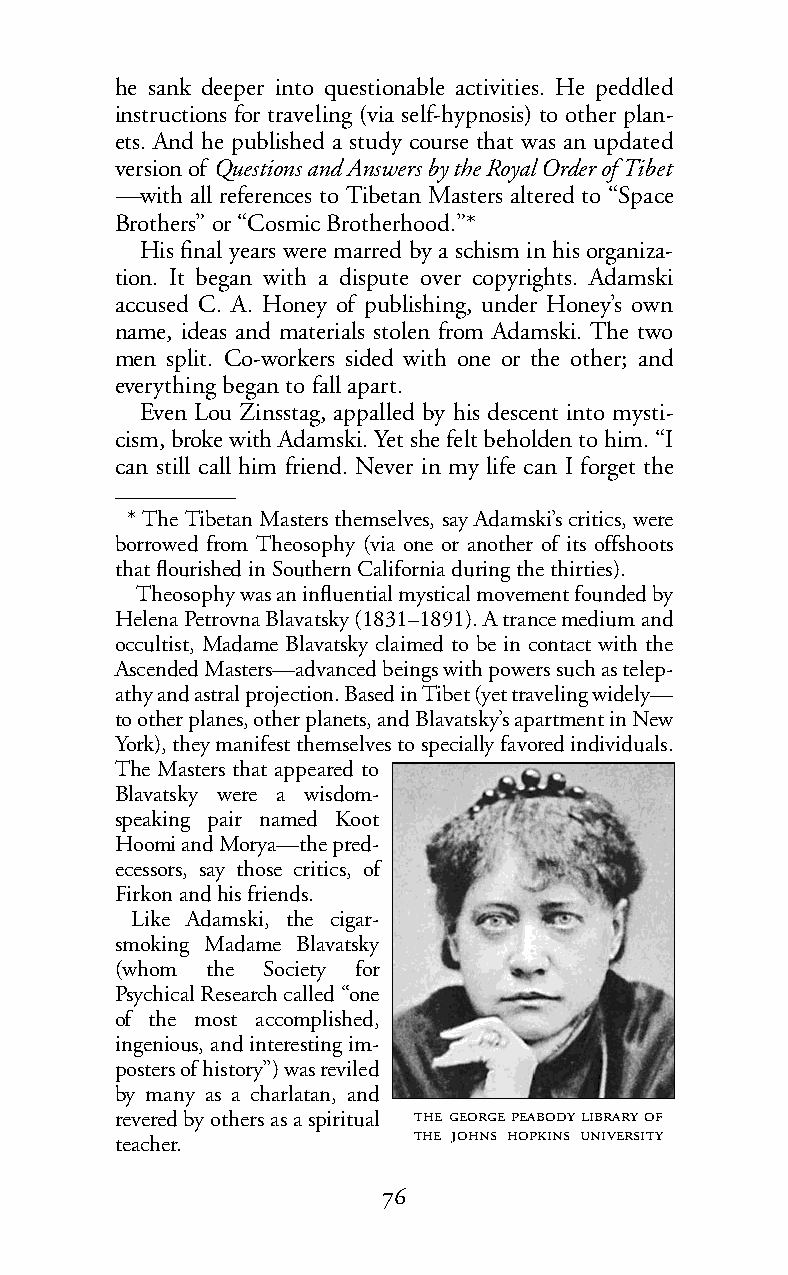
he sank deeper into questionable activities. He peddled
 instructions for traveling (via self-hypnosis) to other plan-
 ets. And he published a study course that was an updated
 version of Questions and Answers by the Royal Order of Tibet
 —with all references to Tibetan Masters altered to “Space
 Brothers” or “Cosmic Brotherhood.”*
 His final years were marred by a schism in his organiza-
 tion. It began with a dispute over copyrights. Adamski
 accused C. A. Honey of publishing, under Honey’s own
 name, ideas and materials stolen from Adamski. The two
 men split. Co-workers sided with one or the other; and
 everything began to fall apart.
 Even Lou Zinsstag, appalled by his descent into mysti-
 cism, broke with Adamski. Yet she felt beholden to him. “I
 can still call him friend. Never in my life can I forget the
 *The Tibetan Masters themselves, say Adamski’s critics, were
 borrowed from Theosophy (via one or another of its offshoots
 that flourished in Southern California during the thirties).
 Theosophy was an influential mystical movement founded by
 Helena Petrovna Blavatsky (1831–1891). A trance medium and
 occultist, Madame Blavatsky claimed to be in contact with the
 Ascended Masters—advanced beings with powers such as telep-
 athy andastral projection. Based in Tibet (yet traveling widely—
 to other planes, other planets, and Blavatsky’s apartment in New
 York), they manifest themselves to specially favored individuals.
 The Masters that appeared to
 Blavatsky were a wisdom-
 speaking pair named Koot
 Hoomi and Morya—the pred-
 ecessors, say those critics, of
 Firkonandhis friends.
 Like Adamski, the cigar-
 smoking Madame Blavatsky
 (whom the Society for
 Psychical Research called “one
 of the most accomplished,
 ingenious, andinteresting im-
 posters of history”) was reviled
 by many as a charlatan, and
 revered by others as a spiritual     
    
 teacher.
 